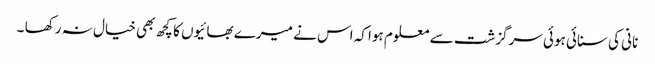
نانی کی سنائی ہوئی سرگزشت سے معلوم ہوا کہ اس نے میرے بھائیوں کا کچھ بھی خیال نہ رکھا ۔